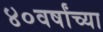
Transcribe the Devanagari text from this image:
४०वर्षांच्या